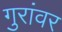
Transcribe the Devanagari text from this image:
गुरांवर